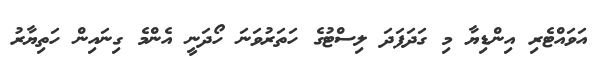
އަވައްޓެރި އިންޑިޔާ މި ގަދަފަދަ ލިސްޓުގެ ހަތަރުވަނަ ހޯދަނީ އެންމެ ގިނައިން ހަތިޔާރު